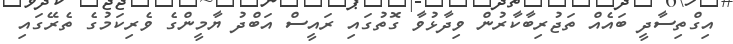
އިގްތިސާދީ ބައެއް ތަޖުރިބާކާރުން ވިދާޅުވާ ގޮތުގައި ރައީސް އަބްދު ޔާމީންގެ ވެރިކަމުގެ ތެރޭގައި